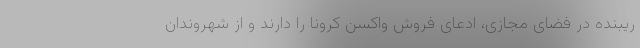
ریبنده در فضای مجازی، ادعای فروش واکسن کرونا را دارند و از شهروندان